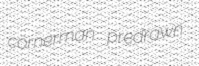
cornerman predrawn